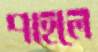
পাহলে